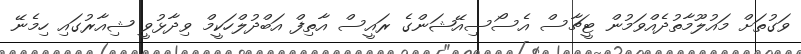
ވަގުތަށް މައުލޫމާތުދެއްވަމުން ޓީޗާސް އެސޯސިއޭޝަންގެ ރައީސް އާތިފް އަބްދުލްހަކީމް ވިދާޅުވީ ޝިއާރުގައި ހިމެނޭ